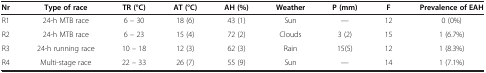
| Nr | Type of race | TR (°C) | AT (°C) | AH (%) | Weather | P (mm) | F | Prevalence of EAH |
 | --- | --- | --- | --- | --- | --- | --- | --- | --- |
 | R1 | 24-h MTB race | 6 – 30 | 18 (6) | 43 (1) | Sun | — | 12 | 0 (0%) |
 | R2 | 24-h MTB race | 6 – 23 | 15 (4) | 72 (2) | Clouds | 3 (2) | 15 | 1 (6.7%) |
 | R3 | 24-h running race | 10 – 18 | 12 (3) | 62 (3) | Rain | 15(5) | 12 | 1 (8.3%) |
 | R4 | Multi-stage race | 22 – 33 | 26 (7) | 55 (9) | Sun | — | 14 | 1 (7.1%) |